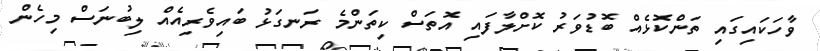
ވާހަކައިގައި ތަންކޮޅެއް ބޮޑުވަރު ކޮށްލާފައި އޮތަސް ކިތަންމެ ރަނގަޅު ބައިވެރިއެއް ލިބުނަސް މިހެން